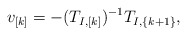
\begin{align*} v_{[k]} = -(T_{I,[k]})^{-1} T_{I,\{k+1\}}, \end{align*}